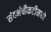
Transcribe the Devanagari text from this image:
संदर्भचौकटीमध्ये